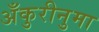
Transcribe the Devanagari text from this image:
अँकुरीनुमा